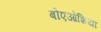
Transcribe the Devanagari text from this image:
बोएओशिया